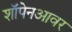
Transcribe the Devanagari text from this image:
शॉपेनआवर